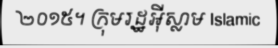
២០១៥។ ក្រុមរដ្ឋអ៊ីស្លាម Islamic